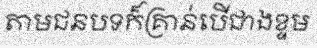
តាមជនបទក៏គ្រាន់បើជាងខ្ទម